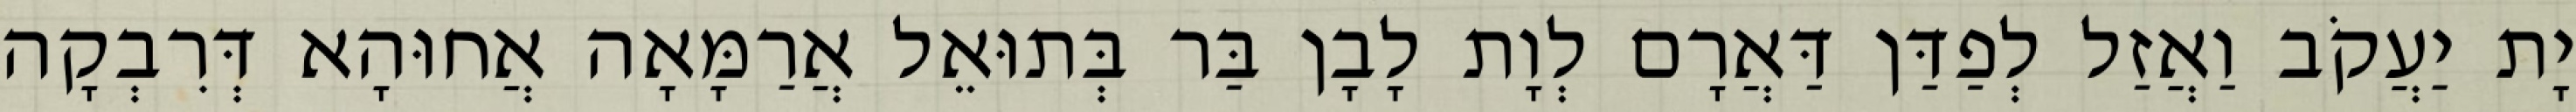
יָת יַעֲקֹב וַאֲזַל לְפַדַּן דַּאֲרָם לְוָת לָבָן בַּר בְּתוּאֵל אֲרַמָּאָה אֲחוּהָא דְּרִבְקָה